Report on the Civil Veterinary Department, Eastern Bengal and Assam - 1907-1911
Year: 1907
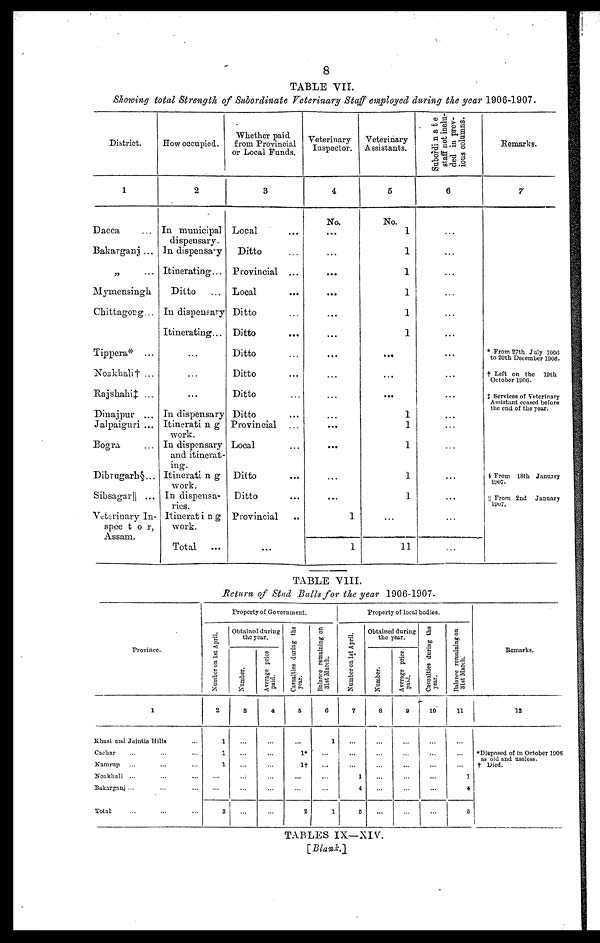
8
TABLE VII.
Showing total Strength of Subordinate Veterinary Staff employed during the year 1906-1907.
District.
1
Dacca ...
Bakarganj ...
" ...
Myrnensingk
Chittagong ...
Tippera* ...
Noakhali† ...
Rajshahi‡ ...
Dinajpur ...
Jalpaiguri ...
Bogra ...
Dibrugarh§...
Sibsagar|| ...
Veterinary In-
spec t o r,
Assam
Assam
How occupied.
2
In municipal
dispensary.
In dispensary
Itinerating...
Ditto
...
In dispensary
Itinerating...
...
...
In dispensary
Itinerati n g
work.
In dispensary
and itinerat-
ing.
Itinerati n g
work.
In dispensa-
ries.
Itinerat ing
work.
Total
...
Whether paid
from Provincial
or Local Funds.
3
Local ...
Ditto ...
Provincial ...
Local ...
Ditto ...
Ditto ...
Ditto ...
Ditto ...
Ditto ...
Ditto ...
Provincial ...
Local ...
Ditto ...
Ditto ...
Provincial ...
...
Veterinary
Inspector.
4
No.
...
...
...
...
...
...
...
...
...
...
...
...
...
....
1
1
Veterinary
Assistants.
5
No.
1
1
1
1
1
1
...
...
...
1
1
1
1
1
...
11
Subor di n a t e
staff not inclu-
ded in prev-
ious columns.
6
...
...
...
...
...
...
...
...
...
...
...
...
Remarks.
7
* From 27th July 1906
to 20th December 1006.
† Left on the 19th
October 190G.
X Services of Veterinary
Assistant ceased before
the end of the year.
§ From 18th January
1907.
|] From 2nd
January
1907.
TABLE VIII.
Return of Stnd Bulls for the year 1906-1907.
Province.
1
Khasi and Jaintia Hills ...
Cachar ... ... ...
Kamrap ... ... ...
Nonkhali ... ... ...
Bakarganj ... ... ...
Total ... ... ...
Number on 1st April.
2
1
1
1
3
Property of Government.
Obtained during
the year.
Number.
3
Average price
paid.
4
Casualties during the
year.
6
1*
1†
2
|
Balance remaining on
81st March.
6
1
1
Number on 1st April.
7
1
4
6
Property of local bodies.
Obtained during
the year.
Number.
8
...
Average price
paid.
9
Casualties during the
year.
10
Balance remaining on
3lst March.
11
1
4
5
Remarks.
12
Disposed of in October 1906.
as old and useless,
† Died.
TABLES IX—XIV.
[Blank.]